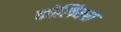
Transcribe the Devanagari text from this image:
कोलियस